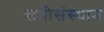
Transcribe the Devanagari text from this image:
सभीसंस्थान